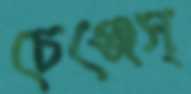
চেঞ্জেস্